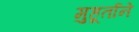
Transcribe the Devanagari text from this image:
मुहूर्ताने